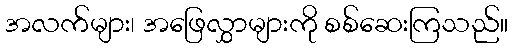
အလက်များ၊ အဖြေလွှာများကို စစ်ဆေးကြသည်။